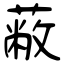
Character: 蔽